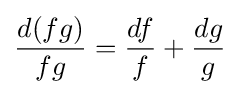
{\frac {d(fg)}{fg}}={\frac {df}{f}}+{\frac {dg}{g}}